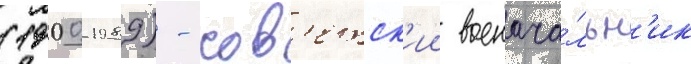
(1900-1989) - сов'етск'ии военача́льн'ик